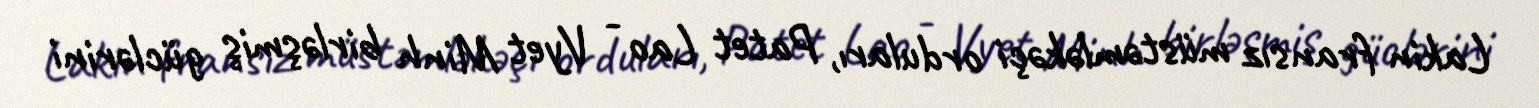
Lakin fransız müstəmləkəçi orduları, Patet Lao - Vyet Minh birləşmiş güclərini